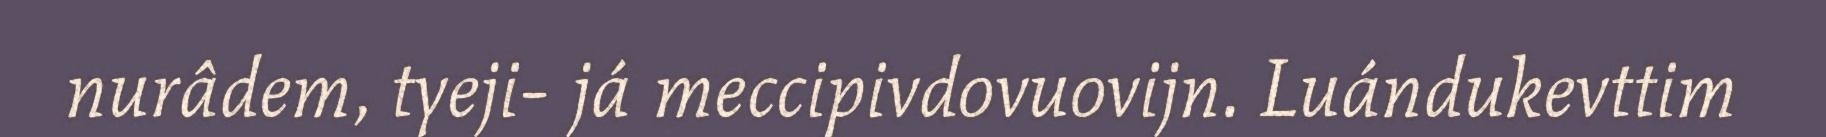
nurâdem, tyeji- já meccipivdovuovijn. Luándukevttim